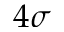
4 \sigma